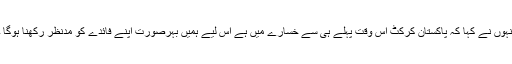
انہوں نے کہا کہ پاکستان کرکٹ اس وقت پہلے ہی سے خسارے میں ہے اس لیے ہمیں بہرصورت اپنے فائدے کو مدنظر رکھنا ہوگا ۔